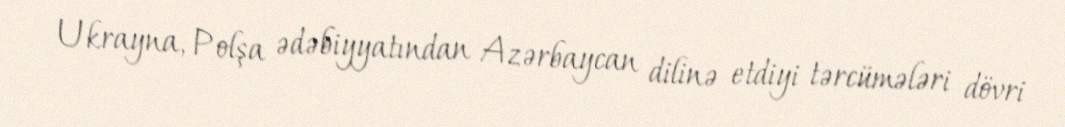
Ukrayna, Polşa ədəbiyyatından Azərbaycan dilinə etdiyi tərcümələri dövri